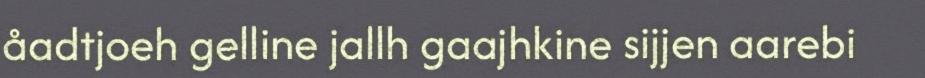
åadtjoeh gelline jallh gaajhkine sijjen aarebi